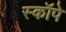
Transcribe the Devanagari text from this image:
स्कॉपे